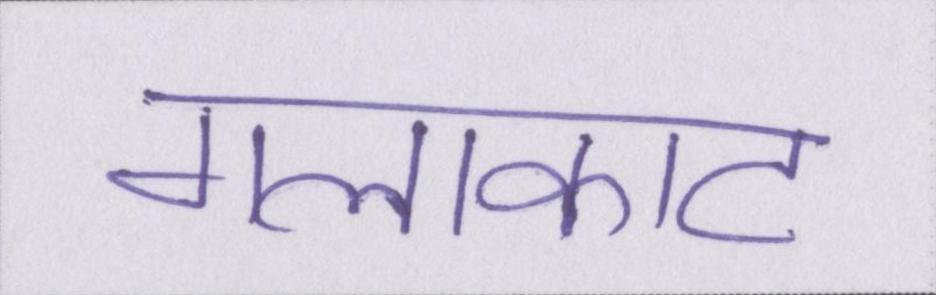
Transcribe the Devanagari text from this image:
गलाकाट